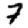
Digit: 7